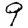
Digit: 9